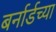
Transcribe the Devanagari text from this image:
बर्नार्डच्या